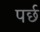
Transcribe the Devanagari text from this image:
पर्छ